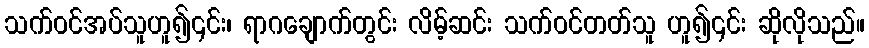
သက်ဝင်အပ်သူဟူ၍၎င်း၊ ရာဂချောက်တွင်း လိမ့်ဆင်း သက်ဝင်တတ်သူ ဟူ၍၎င်း ဆိုလိုသည်။